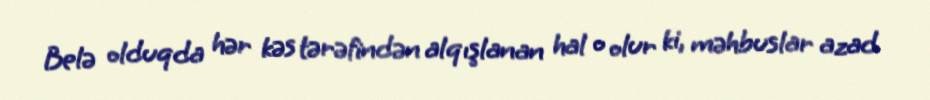
Belə olduqda hər kəs tərəfindən alqışlanan hal o olur ki, məhbuslar azad